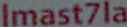
Imast7la